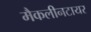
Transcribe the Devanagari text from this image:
मैकलीनटायर